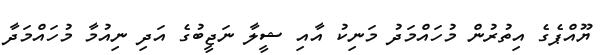
ޔޫއްޕެގެ އިތުރުން މުހައްމަދު މަނިކު އާއި ޝީލާ ނަޖީބުގެ އަދި ނިއުމާ މުހައްމަދާ